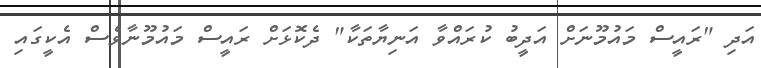
އަދި "ރައީސް މައުމޫނަށް އަދީބު ކުރައްވާ އަނިޔާތަކާ" ދެކޮޅަށް ރައީސް މައުމޫނާވެސް އެކީގައި